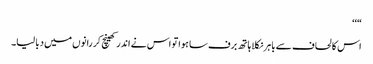
“‘‘
اس کا لحاف سے باہر نکلا ہاتھ برف سا ہوا تو اس نے اندر کھینچ کر رانوں میں دبا لیا۔